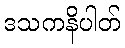
ဒသကနိပါတ်